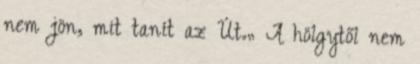
nem jön, mit tanít az Út.„ A hölgytől nem